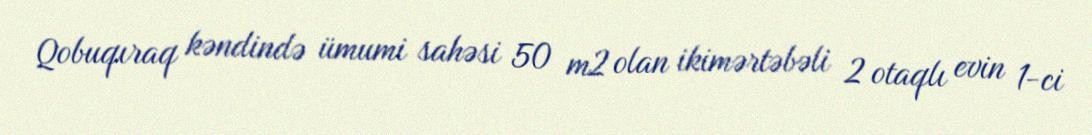
Qobuqıraq kəndində ümumi sahəsi 50 m2 olan ikimərtəbəli 2 otaqlı evin 1-ci